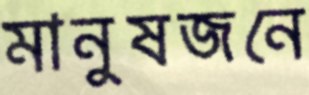
মানুষজনে